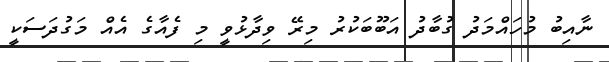
ނާއިބު މުހައްމަދު ގުބާދު އަބޫބަކުރު މިރޭ ވިދާޅުވީ މި ފެއާގެ އެއް މަގުދަސަކީ